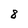
Character: 8